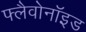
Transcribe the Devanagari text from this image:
फ्लैवोनॉइड